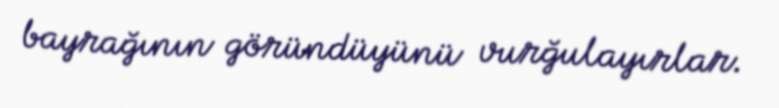
bayrağının göründüyünü vurğulayırlar.